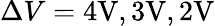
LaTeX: \Delta V=4\mathrm{{V},3\mathrm{{V},2\mathrm{{V}}}}